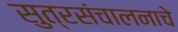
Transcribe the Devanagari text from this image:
सुत्रसंचालनाचे